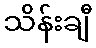
သိန်းချီ